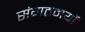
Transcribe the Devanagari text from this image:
संगठमयों